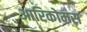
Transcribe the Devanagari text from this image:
आरिकोमस